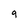
Character: 9